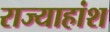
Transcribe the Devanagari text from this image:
राज्याहांश